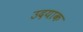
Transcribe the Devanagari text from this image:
उदयाक